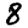
Digit: 8